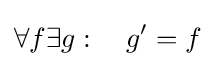
\forall f\exists g:\quad g'=f